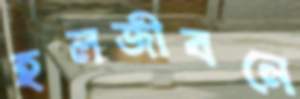
হলজীবনে